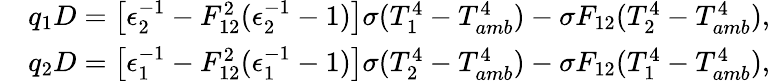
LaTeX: \begin{array}{rl}&{q_{1}D=\left[\epsilon_{2}^{-1}-F_{12}^{2}(\epsilon_{2}^{-1}-1)\right]\sigma(T_{1}^{4}-T_{amb}^{4})-\sigma F_{12}(T_{2}^{4}-T_{amb}^{4}){,}}\\ &{q_{2}D=\left[\epsilon_{1}^{-1}-F_{12}^{2}(\epsilon_{1}^{-1}-1)\right]\sigma(T_{2}^{4}-T_{amb}^{4})-\sigma F_{12}(T_{1}^{4}-T_{amb}^{4}){,}}\end{array}